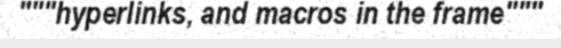
"""hyperlinks, and macros in the frame"""